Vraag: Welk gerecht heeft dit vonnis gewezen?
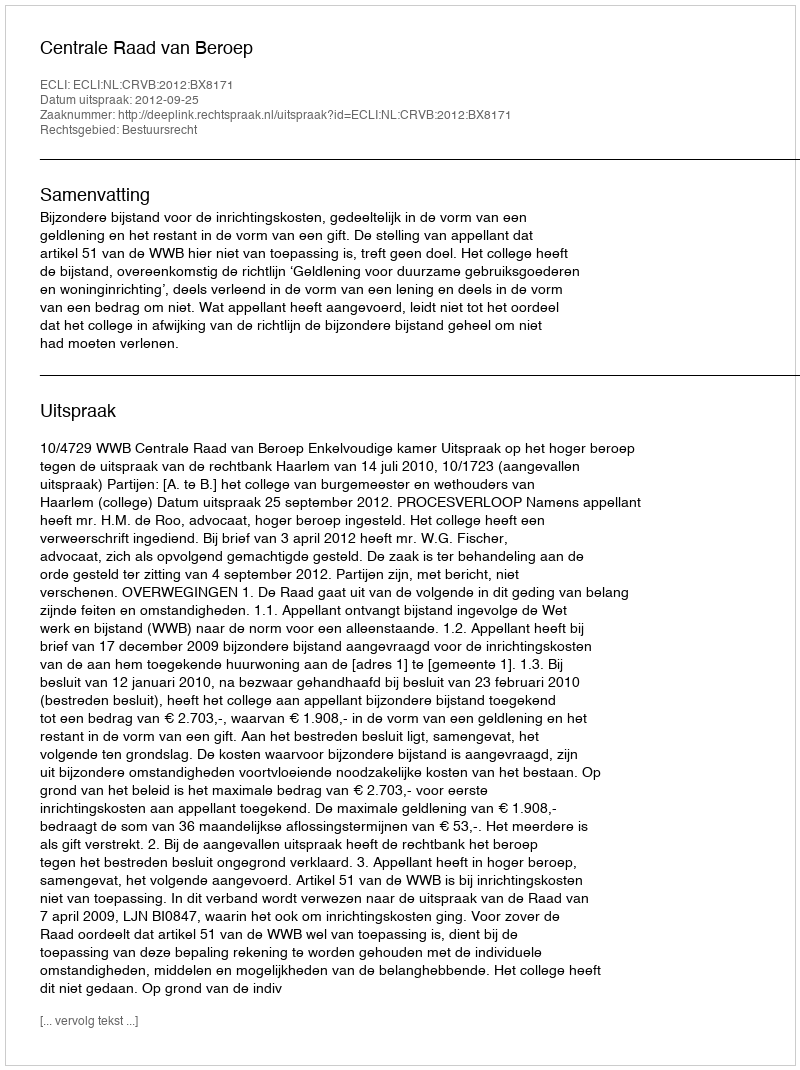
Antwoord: Centrale Raad van Beroep